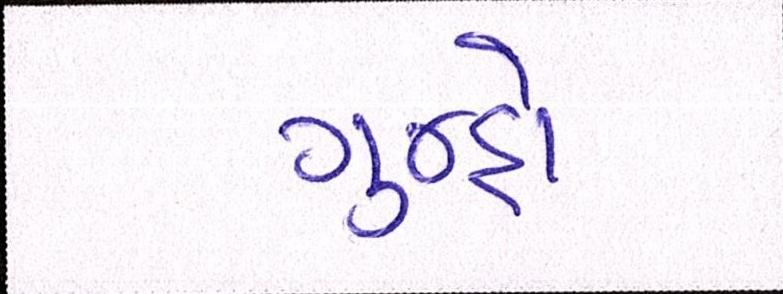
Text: ગુન્હો